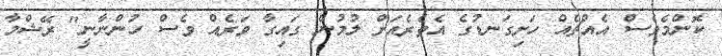
ކޮންމެވެސް އެއްޗެއް ހަށިގަނޑުގެ އެތެރެއަށް ލުމުން ގައިގާ ވަރެއް ވެސް ހުންނާނީ" ރޭޝްމާ